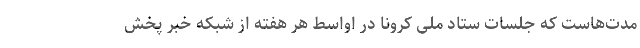
مدت‌هاست که جلسات ستاد ملی کرونا در اواسط هر هفته از شبکه خبر پخش